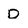
Character: D